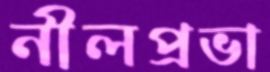
নীলপ্রভা